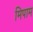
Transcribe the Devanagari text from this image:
मिपाम